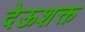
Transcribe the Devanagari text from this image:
देऊशक्त